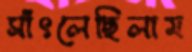
সাঁৎলেছিলাম